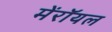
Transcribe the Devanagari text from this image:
मेंरॉयल